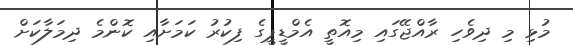
މުޅި މި ދިވެހި ރާއްޖޭގައި މިއޮތީ އެމްޑީޕީގެ ފިކުރު ކަމަށާއި ކޮންމެ ދިމަލާކަށް